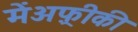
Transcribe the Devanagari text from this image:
मेंअफ़्रीकी